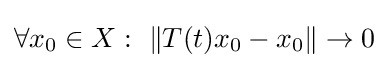
\forall x_{0}\in X:\ \|T(t)x_{0}-x_{0}\|\to 0